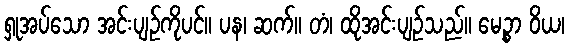
ရှုအပ်သော အင်းပျဉ်ကိုပင်။ ပန၊ ဆက်။ တံ၊ ထိုအင်းပျဉ်သည်။ မေဉ္စာ ဝိယ၊